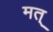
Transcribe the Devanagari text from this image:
मत्